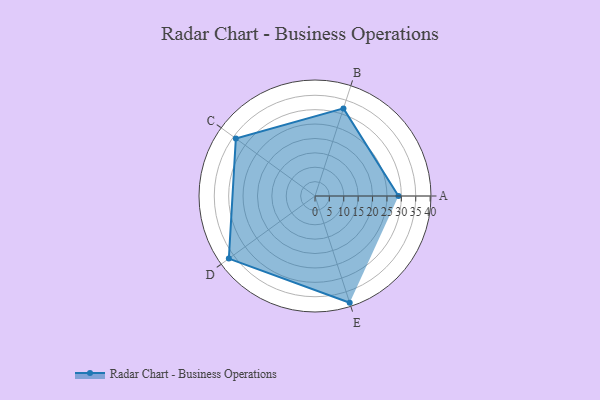
{"axis": {"x": "Skill", "y": "Score"}, "legend": ["Profile"], "data": [{"x": "A", "y": 29.0, "type": "Profile"}, {"x": "B", "y": 32.0, "type": "Profile"}, {"x": "C", "y": 34.0, "type": "Profile"}, {"x": "D", "y": 37.0, "type": "Profile"}, {"x": "E", "y": 39.0, "type": "Profile"}]}